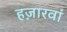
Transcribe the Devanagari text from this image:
हज़ारवां